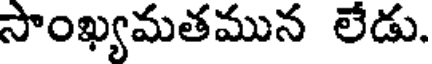
సాంఖ్యమతమున లేడు.